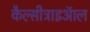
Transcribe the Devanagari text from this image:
कैल्सीट्राइऑल